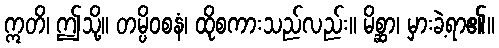
ဣတိ၊ ဤသို့။ တမ္ပိဝစနံ၊ ထိုစကားသည်လည်း။ မိစ္ဆာ၊ မှားခဲ့ရာ၏။